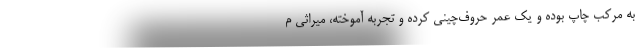
به مرکب چاپ بوده و یک عمر حروف‌چینی کرده و تجربه آموخته، میراثی م